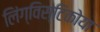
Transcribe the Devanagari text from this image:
लिंग्विस्टिकोया